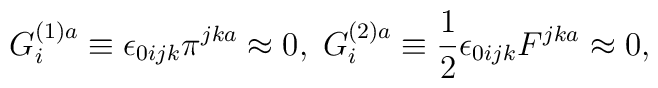
G_{i}^{(1)a}\equiv \epsilon _{0ijk}\pi ^{jka}\approx 0,\;G_{i}^{(2)a}\equiv \frac{1}{2}\epsilon _{0ijk}F^{jka}\approx 0,